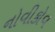
નોવીકોવ